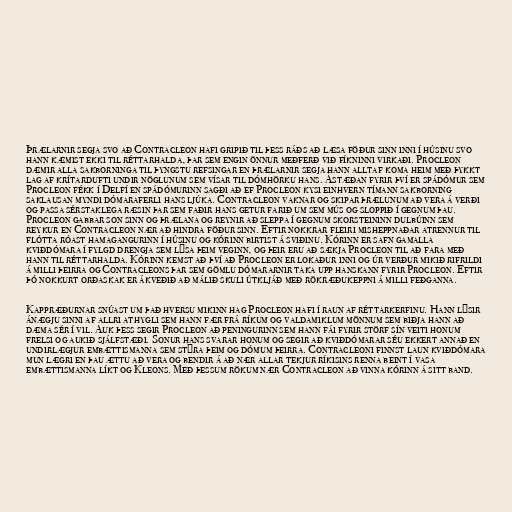
Þrælarnir segja svo að Contracleon hafi gripið til þess ráðs að læsa föður sinn inni í húsinu svo
hann kæmist ekki til réttarhalda, þar sem engin önnur meðferð við fíkninni virkaði. Procleon
dæmir alla sakborninga til þyngstu refsingar en þrælarnir segja hann alltaf koma heim með þykkt
lag af krítardufti undir nöglunum sem vísar til dómhörku hans. Ástæðan fyrir því er spádómur sem
Procleon fékk í Delfí en spádómurinn sagði að ef Procleon kysi einhvern tímann sakborning
saklausan myndi dómaraferli hans ljúka. Contracleon vaknar og skipar þrælunum að vera á verði
og passa sérstaklega ræsin þar sem faðir hans getur farið um sem mús og sloppið í gegnum þau.
Procleon gabbar son sinn og þrælana og reynir að sleppa í gegnum skorsteininn dulbúinn sem
reykur en Contracleon nær að hindra föður sinn. Eftir nokkrar fleiri misheppnaðar atrennur til
flótta róast hamagangurinn í húsinu og kórinn birtist á sviðinu. Kórinn er safn gamalla
kviðdómara í fylgd drengja sem lýsa þeim veginn, og þeir eru að sækja Procleon til að fara með
hann til réttarhalda. Kórinn kemst að því að Procleon er lokaður inni og úr verður mikið rifrildi
á milli þeirra og Contracleons þar sem gömlu dómararnir taka upp hanskann fyrir Procleon. Eftir
þó nokkurt orðaskak er ákveðið að málið skuli útkljáð með rökræðukeppni á milli feðganna.

Kappræðurnar snúast um það hversu mikinn hag Procleon hafi í raun af réttarkerfinu. Hann lýsir
ánægju sinni af allri athygli sem hann fær frá ríkum og valdamiklum mönnum sem biðja hann að
dæma sér í vil. Auk þess segir Procleon að peningurinn sem hann fái fyrir störf sín veiti honum
frelsi og aukið sjálfstæði. Sonur hans svarar honum og segir að kviðdómarar séu ekkert annað en
undirlægjur embættismanna sem stýra þeim og dómum þeirra. Contracleoni finnst laun kviðdómara
mun lægri en þau ættu að vera og bendir á að nær allar tekjur ríkisins renna beint í vasa
embættismanna líkt og Kleons. Með þessum rökum nær Contracleon að vinna kórinn á sitt band.